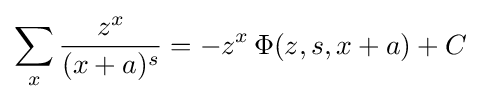
\sum _{x}{\frac {z^{x}}{(x+a)^{s}}}=-z^{x}\,\Phi (z,s,x+a)+C